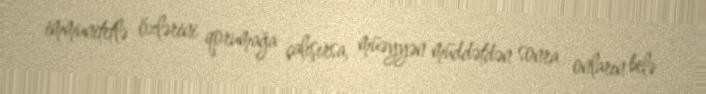
immunitetlə özlərini qorumağa çalışırsa, müəyyən müddətdən sonra onların belə